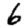
Digit: 6